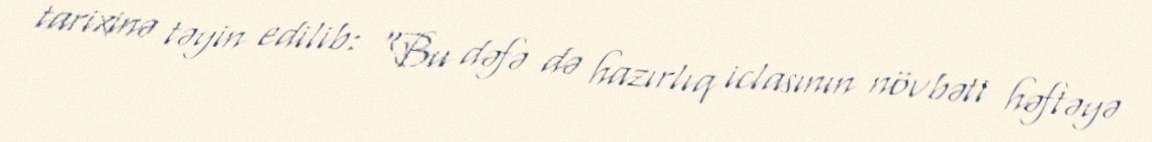
tarixinə təyin edilib: “Bu dəfə də hazırlıq iclasının növbəti həftəyə